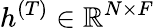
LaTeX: h^{(T)}\in\mathbb{R}^{N\times F}